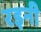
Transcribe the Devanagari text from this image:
रइनी